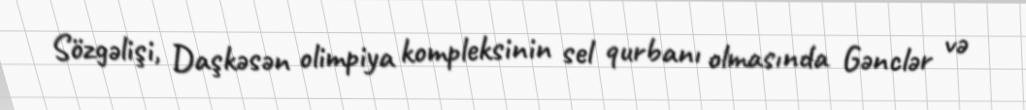
Sözgəlişi, Daşkəsən olimpiya kompleksinin sel qurbanı olmasında Gənclər və